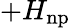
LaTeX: +H_{\mathrm{np}}